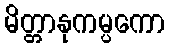
မိတ္တာနုကမ္ပကော